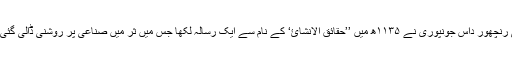
منشی رنچھور داس جونپوری نے ۱۱۳۵ھ میں ’’حقائق الانشائ‘ کے نام سے ایک رسالہ لکھا جس میں ثر میں صناعی پر روشنی ڈالی گئی ہے ۔